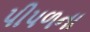
પીપળના